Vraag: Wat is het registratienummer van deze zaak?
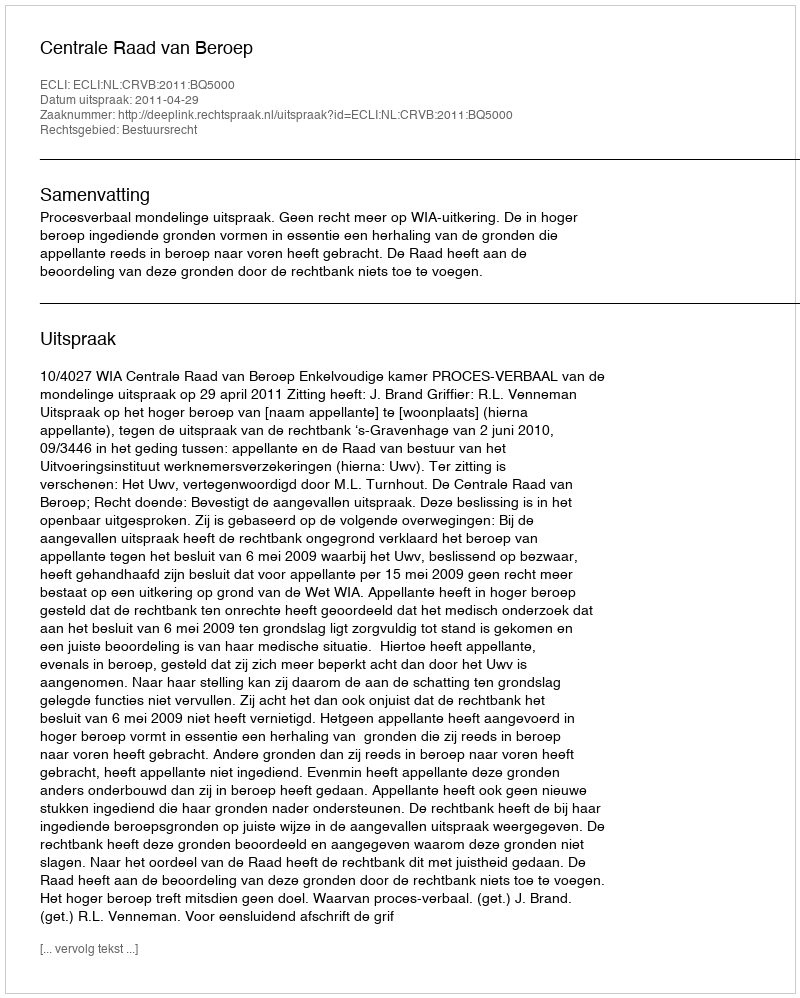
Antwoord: http://deeplink.rechtspraak.nl/uitspraak?id=ECLI:NL:CRVB:2011:BQ5000